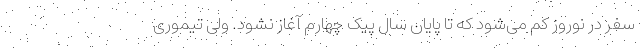
سفر در نوروز کم می‌شود که تا پایان سال پیک چهارم آغاز نشود. ولی تیموری